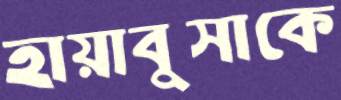
হায়াবুসাকে